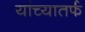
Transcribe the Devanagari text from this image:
यांच्यातर्फ